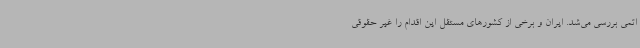
اتمی بررسی می‌شد. ایران و برخی از کشورهای مستقل این اقدام را غیر حقوقی